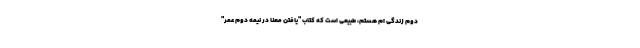
دوم زندگی ام هستم، طبیعی است که کتاب "یافتن معنا در نیمه دوم عمر"